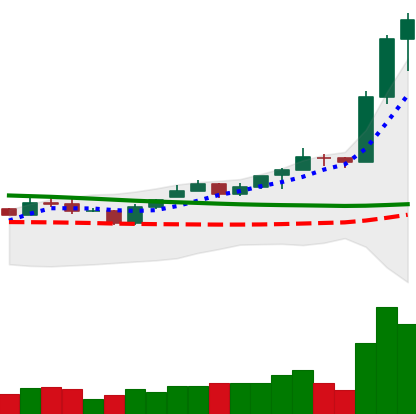
Ticker: ETC-USD
Chart end date: 2020-01-16
Forward return: 6.778%
Label: up_5_7